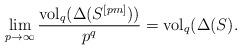
LaTeX: \begin{align*}\lim_{p\rightarrow\infty} \frac{{\rm vol}_q(\Delta(S^{[pm]}))}{p^q}={\rm vol}_q(\Delta(S).\end{align*}